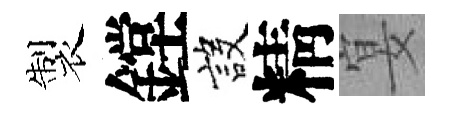
製鏜設精宴